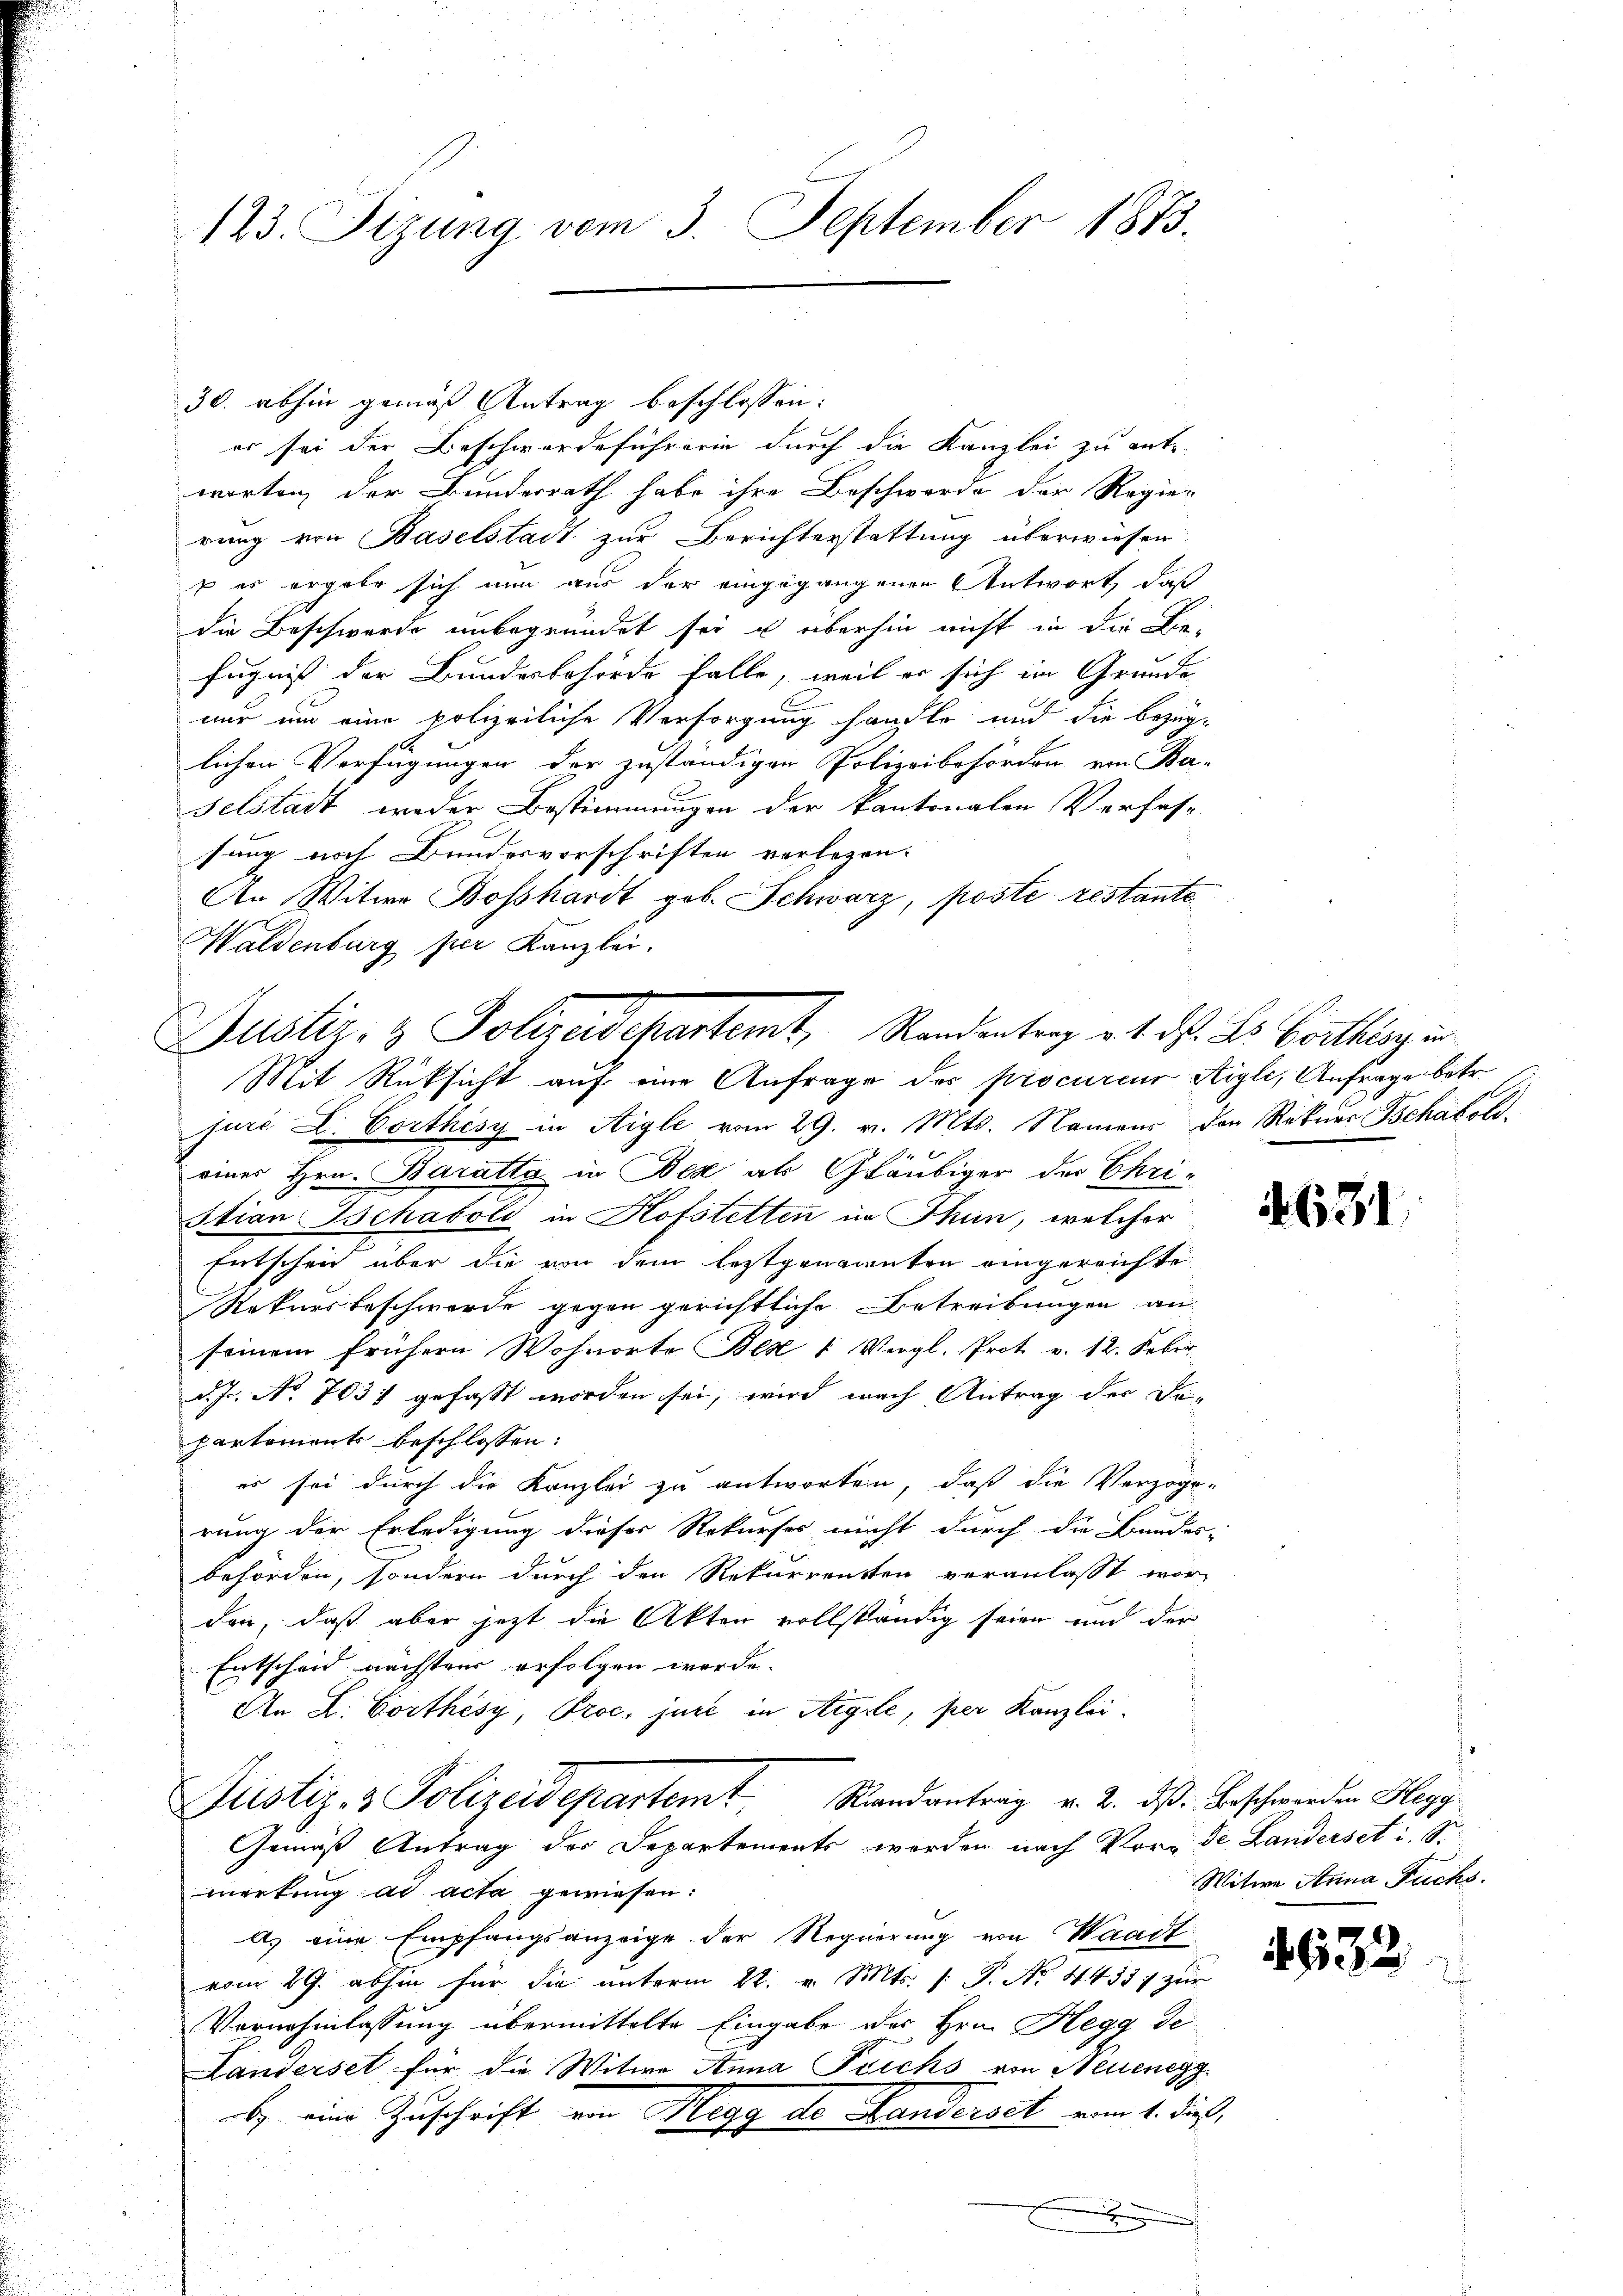
30. abhin gemäß Antrag beschlossen:
er sei der Beschwerdeführerin durch die Kanzlei zu entworten, der Bundesrath habe ihre Beschwerde der Regier
rung von Baselstadt zur Berichterstattung überwiesen
s es ergabe sich nun aus der eingegangenen Antwort, daß
die Beschwerde unbegründet sei u überhin nicht in die Be-
fugniß der Bundesbehörde falle, weil er sich im Grunde
nur um eine polizeiliche Versorgung handle und die bezüg-
lichen Verfügungen der zuständigen Polizeibehörden von Baselstadt weder Bestimmungen der kantonalen Verfas-
sung noch Bundesvorschriften verlesen.
An Witwe Boßhardt geb. Schwarz, poste restante
Waldenburg per Kanzlei.

123. Sizung vom 3. September 1873.

Justiz- & Polizeidepartemt, Randentrag v. 4. ds. Dr. Corthing in
Mit Rüksicht auf eine Anfrage der procureur Aigle, Anfrage betr.
jure L. Corthésy in Aigle vom 29. v. Mts. Namens den Rekurr Tschaboli¬

48
eines Hrn. Baratta in Bex als Gläubiger der Chri¬
Itian Schaboli in Hofstetten in Thun, welcher
Entscheid über die von dem leztgenannten eingereichte
Rekursbeschwerde gegen gerichtliche Betreibungen an
seinem frühern Wohnorte Bex 1 Vergl. Prot v. 12. Febr.
d. Js. No 763) gefaßt worden sei, wird nach Antrag des Departements beschlossen:
es sei durch die Kanzlei zu antworten, daß die Verzöge-
rung der Erledigung dieser Rekurses nicht durch die Bundes-
behörden, sondern durch den Rekurrenten veranlasst worden, daß aber jetzt die Akten vollständig seien und der
Entscheid nächsten erfolgen werde.
An L. Corthésy, Proc, jure in Aigle, per Kanzlei¬
Justiz- & Polizeidepartemt. Randantrag v. 2. ds. Beschwerden Hegg
Gemäß Antrag der Departements werden nach Vor de Landerset i. S.
merkung ad acta gewiesen:
A. eine Empfangsanzeige der Regierung von Waadt
vom 29. abhin für die unterm 22. v. Mts. (: P. No. 44357 zur
Vernahmlassung übermittelte Eingabe der Hrn. Hegg de
Landerset für die Witwe Anna Puichs von Neuenegg
b. eine Zuschrift von Magy der Handersetz vom 1. dieß,

e

4631

Witwe Anna Fuchs.

632